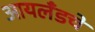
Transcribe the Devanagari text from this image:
आयलँडचे